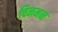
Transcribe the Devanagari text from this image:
चिनमन